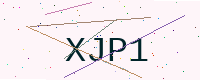
Text: XJP1